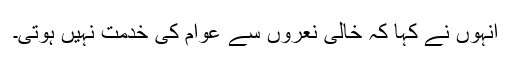
انہوں نے کہا کہ خالی نعروں سے عوام کی خدمت نہیں ہوتی۔